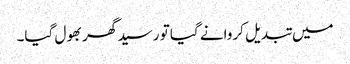
میں تبدیل کروانے گیا تو رسید گھر بھول گیا۔